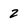
Character: 2